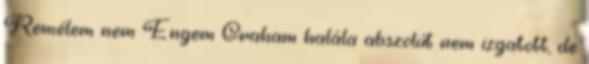
Remélem nem Engem Graham halála abszolút nem izgatott, de